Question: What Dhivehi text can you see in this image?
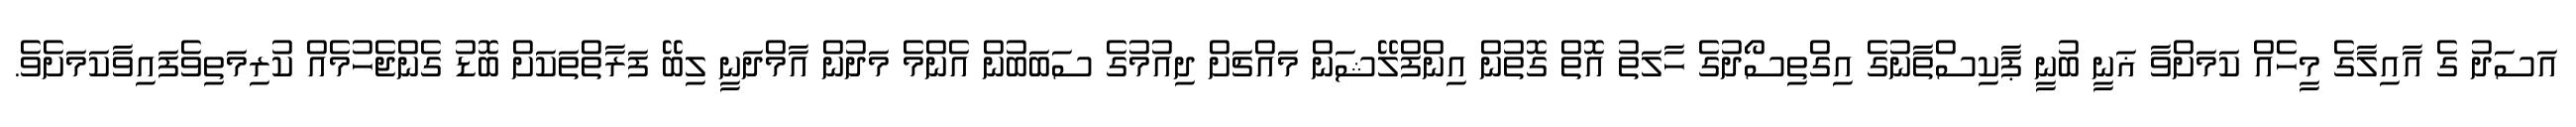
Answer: އަސަދު ގެ އާއިލާގެ މީހެއް ކަމަށްވާ ޣަނީ ބުނީ ޕާކިސްތާނުގެ އިގްތިސޯދުގެ ހާލަތު އޮތް ގޮތުން އިންފްލޭޝަން މައްޗަށް ދިއުމުގެ ސަބަބުން އެންމެ މަދުން އާމްދަނީ ލިބޭ ފަރާތްތަކަށް ބޮޑު ގެންޖެހުމެއް ކުރިމަތިވެފައިވާކަމަށެވެ.